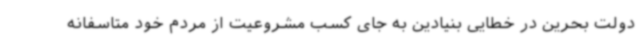
دولت بحرین در خطایی بنیادین به جای کسب مشروعیت از مردم خود متاسفانه